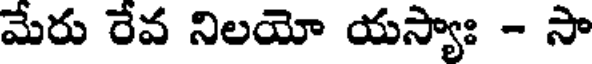
మేరు రేవ నిలయో యస్యాః - సా